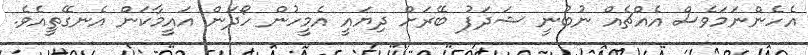
އެހެންނަމަވެސް އެއްޗެއް ނުބުނީ ޝަދަފު ބޭރަށް ދިޔައީ އެމީހުން ހޯދަން އައީމާކަން އެނގޭތީއެވެ.